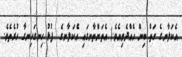
އެކަލާނގެ ހަތް ބިން ހެއްދެވިއެވެ.) އެތަންތާނގައި އެކަލާނގެ  ފުޅު ހިނގަހިނގާ ހުރެތެވެ.